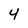
Character: 4